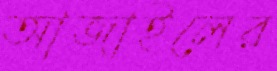
আজাইলের